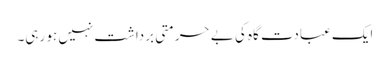
ایک عبادت گاہ کی بے حرمتی برداشت نہیں ہو رہی۔